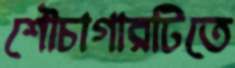
শৌচাগারটিতে